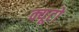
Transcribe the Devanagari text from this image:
क्यूटो